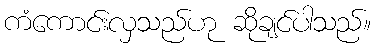
ကံကောင်းလှသည်ဟု ဆိုချင်ပါသည်။